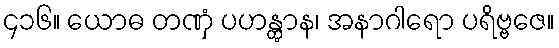
၄၁၆။ ယောဓ တဏှံ ပဟန္တွာန၊ အနာဂါရော ပရိဗ္ဗဇေ။